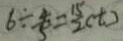
6 \div \frac { 4 } { 5 } = \frac { 1 5 } { 2 } ( t )